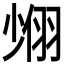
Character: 𦐶